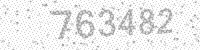
Solution: 763482